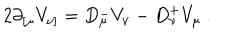
LaTeX: 2 \partial _ { [ \mu } V _ { \nu ] } = D _ { \mu } ^ { - } V _ { \nu } - D _ { \nu } ^ { + } V _ { \mu } \ .